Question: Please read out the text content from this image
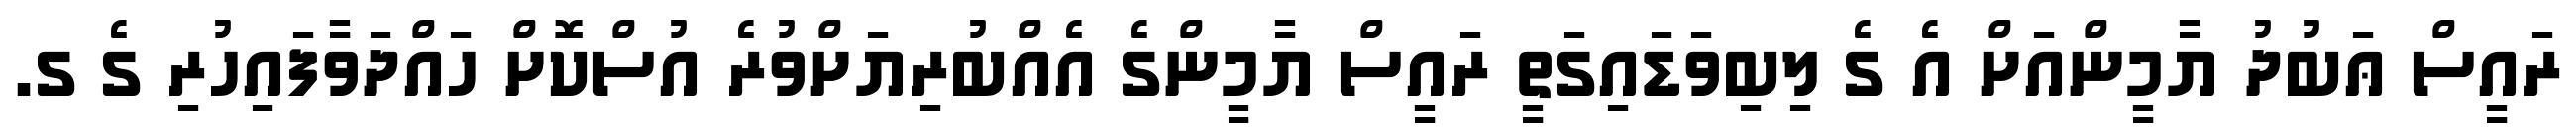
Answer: ރައީސް ޢަބުދު ޔާމީންއަށް އެ ގެ ލިބިވަޑައިގަތީ ރައީސް ޔާމީންގެ އެއްބުރިޔަށްވުރެ އުސްކޮށް ހައްދަވާފައިހުރި ގެ ގ.